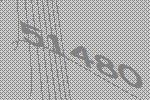
51480